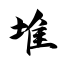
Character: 堆